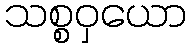
သစ္စဝှယော